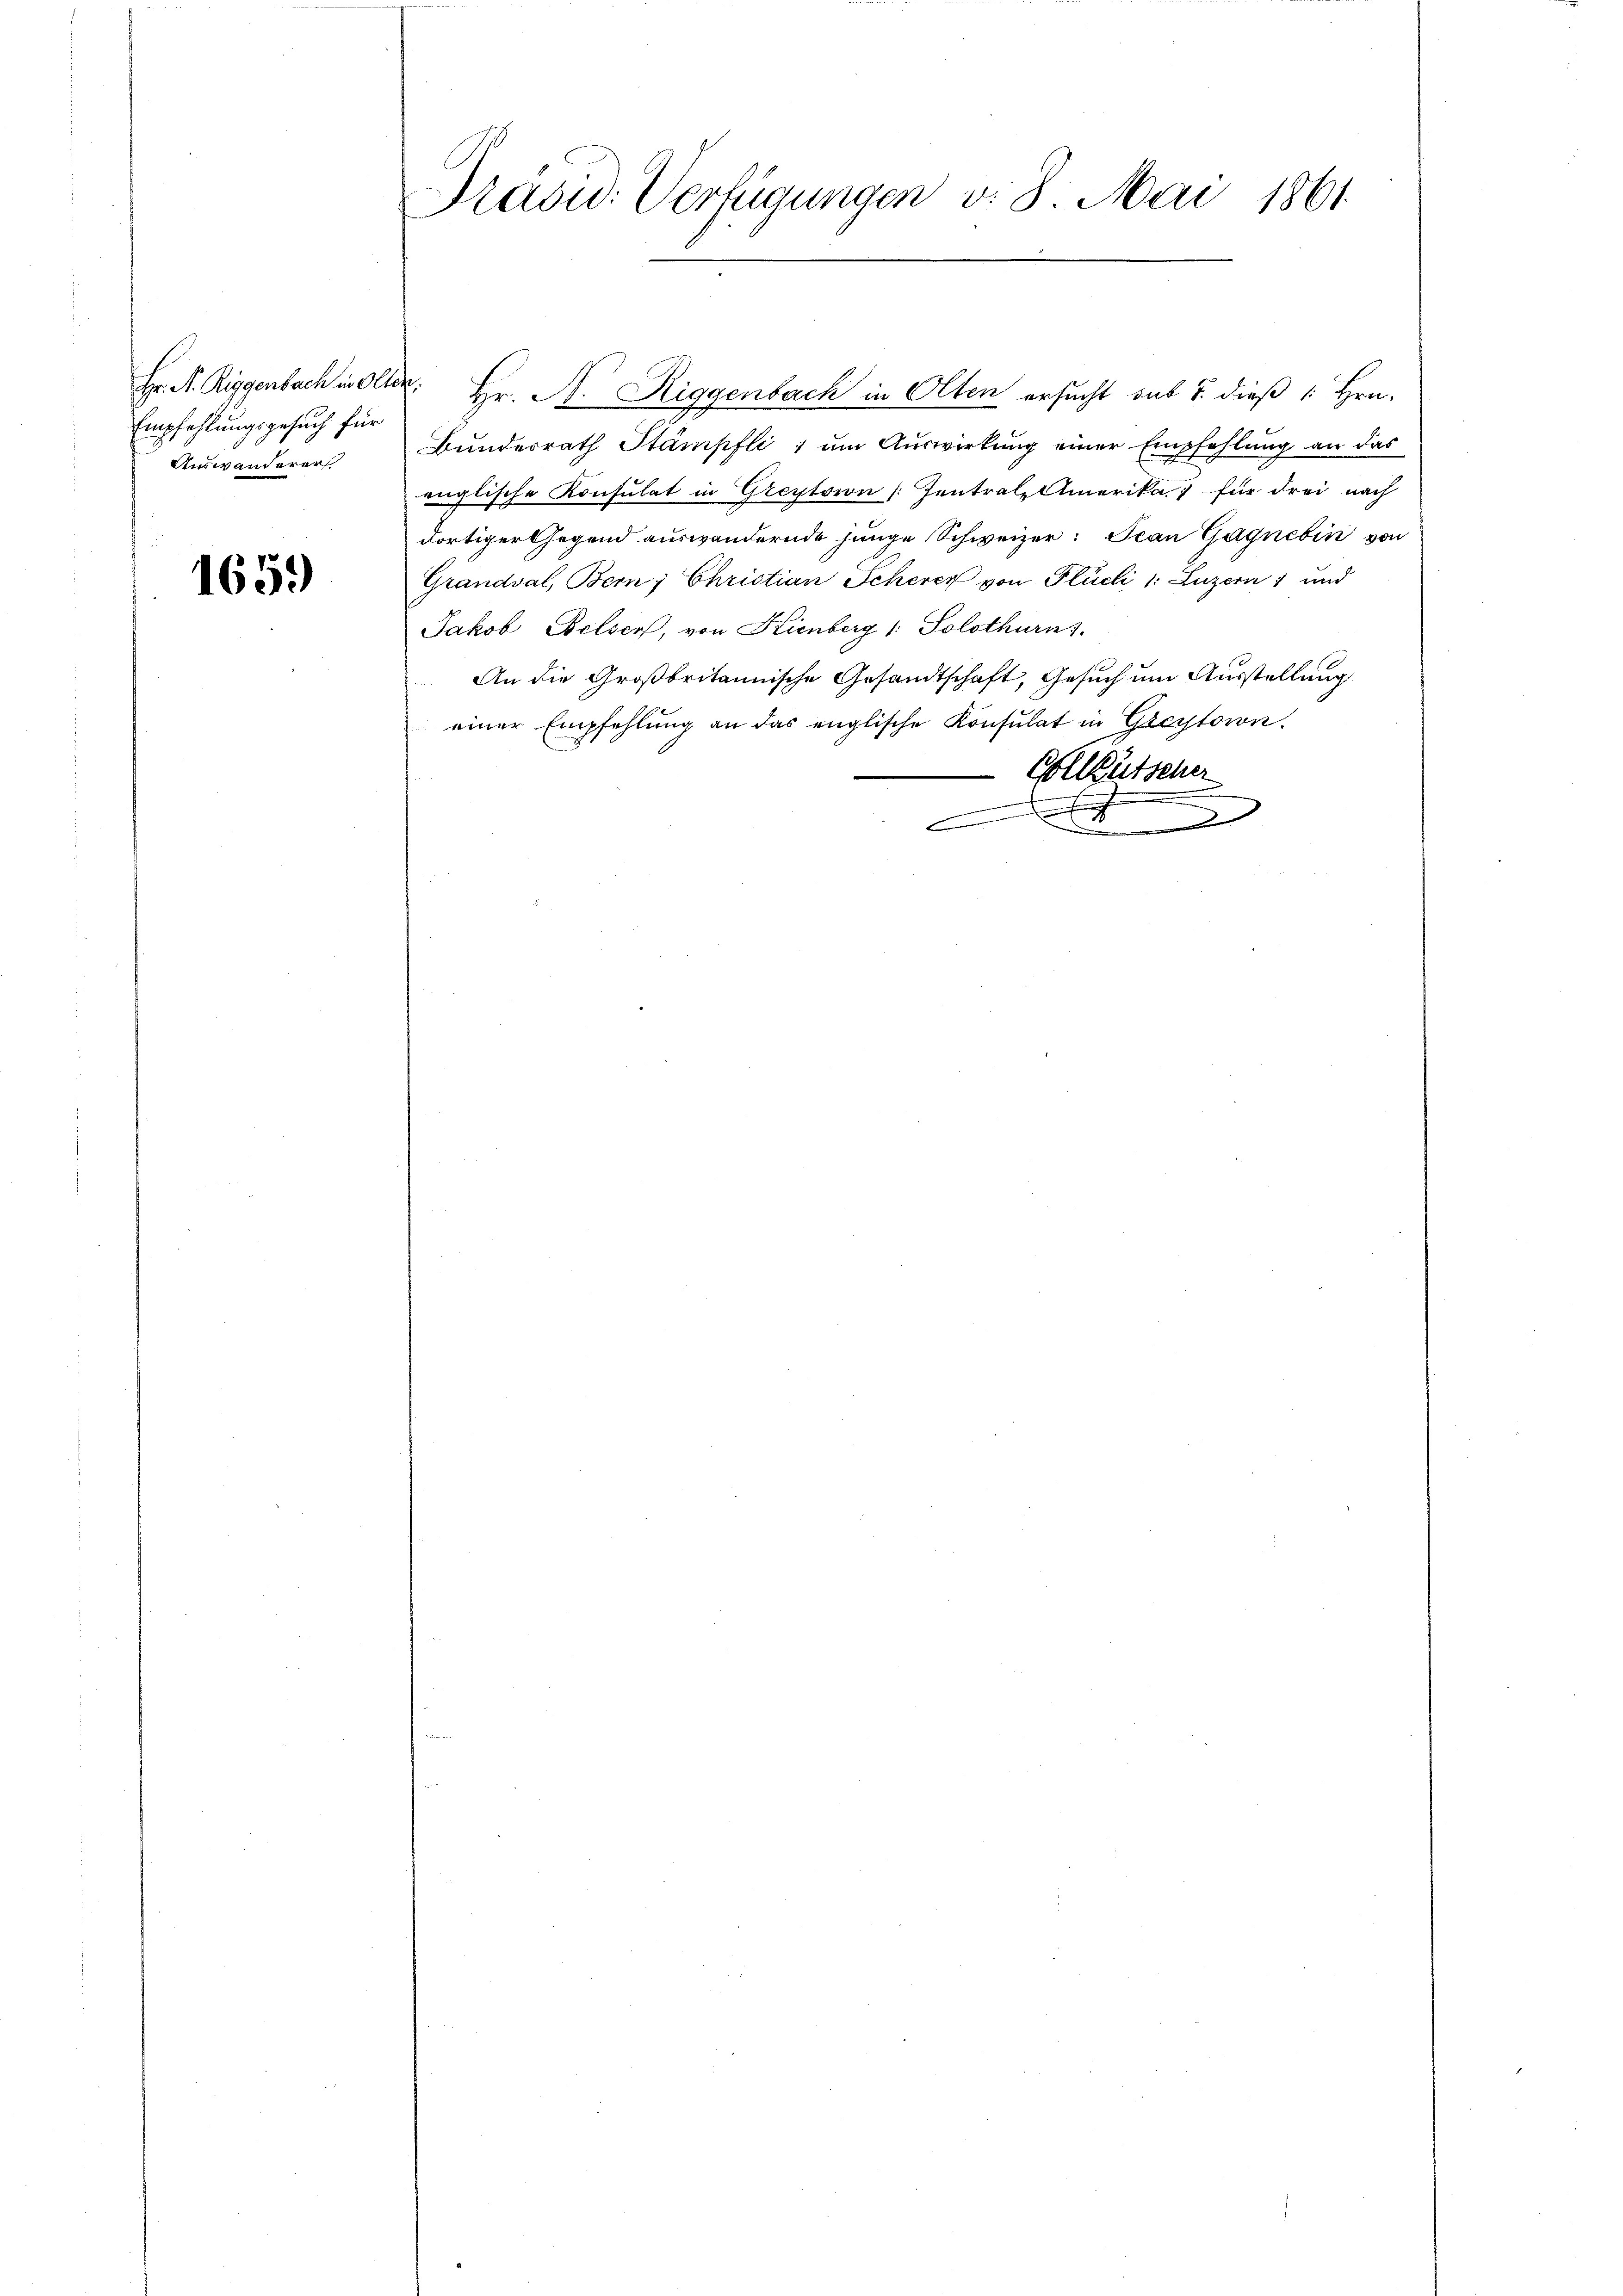
Empfehlungsgesuch für
Auswanderer

1659

Präsid. Verfügungen v. 8. Mai 1861

Hr. A. Riggenbach in Olter Hr. A. Riggenbach in Olten ersucht sub 7. dieß 1 Hrn.
Bundesrath Stämpfli ; um Auswirkung einer Empfehlung an das
englische Konsulat in Greptorn [Ientral-Amerika) für drei nach
dortiger Gegend auswandernde junge Schweizer: Jean Gagnebin von
Grandval, Bern; Christian Scherer von Plüchi 1: Luzern 1 und
Jakob Belser, von Kienberg (: Solothurn s.
An die Großbritannische Gesandtschaft, Gesuch um Ausstellung
einer Empfehlung an das englische Konsulat in Gerstoron.
-Collgütscher

.
f
E
d